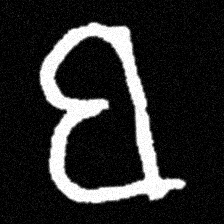
Pyu character \u2014 Myanmar letter: ဗ (romanized: ba)